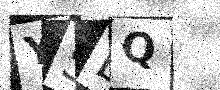
Text: Y5DQ